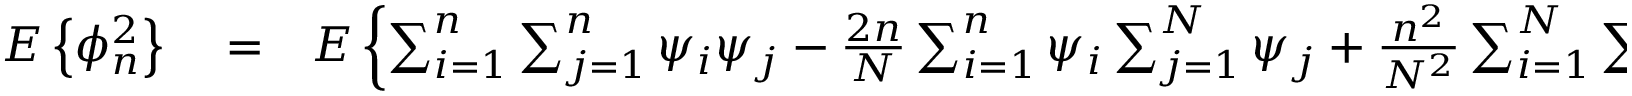
\begin{array} { r l r } { E \left\{ \phi _ { n } ^ { 2 } \right\} } & { { } = } & { E \left\{ \sum _ { i = 1 } ^ { n } \sum _ { j = 1 } ^ { n } \psi _ { i } \psi _ { j } - { \frac { 2 n } { N } } \sum _ { i = 1 } ^ { n } \psi _ { i } \sum _ { j = 1 } ^ { N } \psi _ { j } + { \frac { n ^ { 2 } } { N ^ { 2 } } } \sum _ { i = 1 } ^ { N } \sum _ { j = 1 } ^ { N } \psi _ { i } \psi _ { j } \right\} = } \end{array}